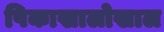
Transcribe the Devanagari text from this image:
पिकाखालोखाल